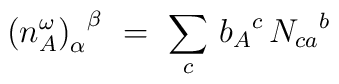
{\bigl(n_A^\omega\bigr)_\alpha}^\beta  \ = \ \sum_{c}\, {b_{A}}^c\, {N_{ca}}^b